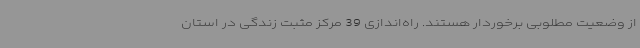
از وضعیت مطلوبی برخوردار هستند. راه‌اندازی 39 مرکز مثبت زندگی در استان